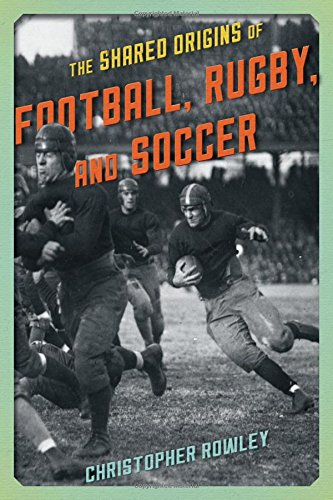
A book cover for The Shared Origins of Football, Rugby, and Soccer; Christopher Rowley; Sports & Outdoors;